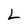
Character: L